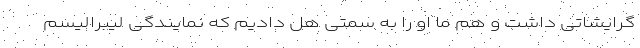
گرایشاتی داشت و هم ما او را به سمتی هل دادیم که نمایندگی لیبرالیسم